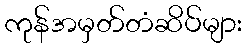
ကုန်အမှတ်တံဆိပ်များ